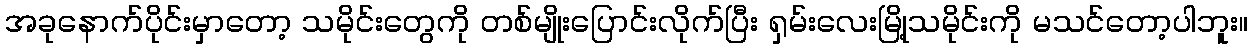
အခုနောက်ပိုင်းမှာတော့ သမိုင်းတွေကို တစ်မျိုးပြောင်းလိုက်ပြီး ရှမ်းလေးမြို့သမိုင်းကို မသင်တော့ပါဘူး။